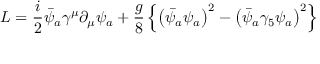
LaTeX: { \cal L } = { \frac { i } { 2 } } \bar { \psi } _ { a } \gamma ^ { \mu } \partial _ { \mu } \psi _ { a } + { \frac { g } { 8 } } \left\{ \left( \bar { \psi } _ { a } \psi _ { a } \right) ^ { 2 } - \left( \bar { \psi } _ { a } \gamma _ { 5 } \psi _ { a } \right) ^ { 2 } \right\}